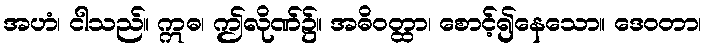
အဟံ၊ ငါသည်။ ဣဓ၊ ဤလိုဏ်၌။ အဓိဝတ္ထာ၊ စောင့်၍နေသော။ ဒေဝတာ၊